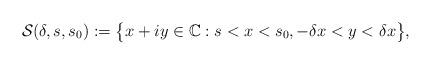
LaTeX: \begin{align*}{\mathcal S}(\delta,s,s_{0}) := \big\lbrace x + iy \in \mathbb{C} : s < x < s_{0}, -\delta x < y < \delta x \big\rbrace,\end{align*}